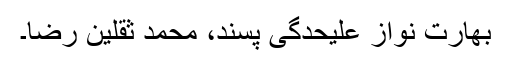
بھارت نواز علیحدگی پسند، محمد ثقلین رضا۔